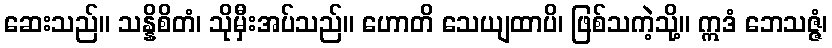
ဆေးသည်။ သန္နိစိတံ၊ သိုမှီးအပ်သည်။ ဟောတိ သေယျထာပိ၊ ဖြစ်သကဲ့သို့။ ဣဒံ ဘေသဇ္ဇံ၊